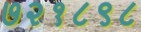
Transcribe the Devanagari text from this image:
७२१८९८